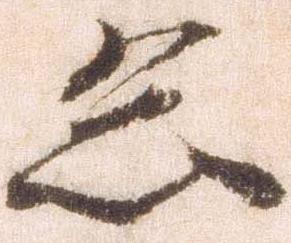
忽